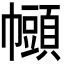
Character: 𫷒